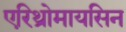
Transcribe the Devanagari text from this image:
एरिथ्रोमायसिन